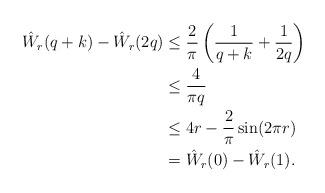
LaTeX: \begin{align*} \hat W_r(q+k)-\hat W_r(2q) & \le \frac{2}{\pi}\left( \frac{1}{q+k}+\frac{1}{2q}\right)\\ &\le \frac{4}{\pi q}\\ &\le 4r-\frac{2}{\pi}\sin(2\pi r)\\ &=\hat W_r(0)-\hat W_r(1).\end{align*}